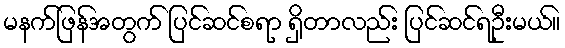
မနက်ဖြန်အတွက် ပြင်ဆင်စရာ ရှိတာလည်း ပြင်ဆင်ရဦးမယ်။